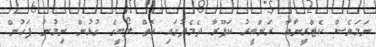
ނަމަވެސް ކެޓްރީނާއާ ރަންބީރު ކަޕޫރާ ދެމެދުގައި އޮތް ލޯބީގެ ގުޅުން ނިމުނު ފަހުން